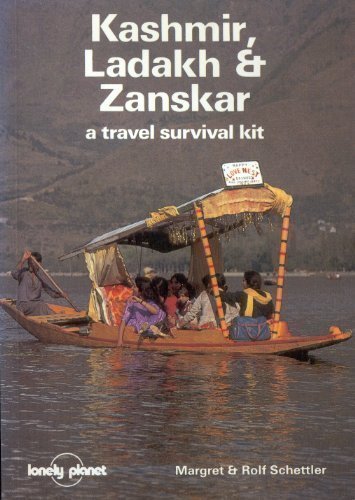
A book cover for Lonely Planet Kashmir Ladakh and Zanskar (Lonely Planet Travel Survival Kit); Margaret Schettler; Travel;